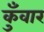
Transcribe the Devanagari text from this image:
कुँवार